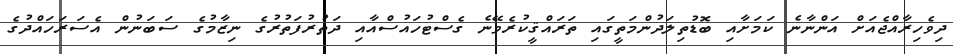
ދިވެހިރާއްޖެއަށް އަންނާނެ ކަމަށާއި ބޮޑުތިލަދުންމަތީގައި ތަރައްޤީކުރެވޭނެ ގެސްޓުހައުސްއާއި ދަތުރުފަތުރުގެ ނިޒާމުގެ ސަބަނުން އެސަރަހައްދުގެ